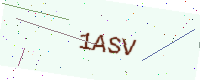
Text: 1ASV